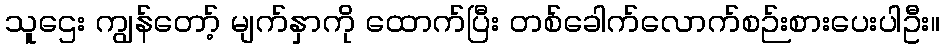
သူဌေး ကျွန်တော့် မျက်နှာကို ထောက်ပြီး တစ်ခေါက်လောက်စဉ်းစားပေးပါဦး။